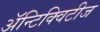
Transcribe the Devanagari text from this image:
अॅन्टिक्विटीज